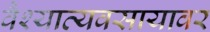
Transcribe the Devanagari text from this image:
वैश्याव्यवसायावर